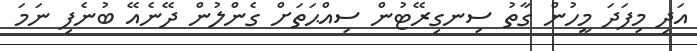
އަދި މިފަދަ މީހުން ގާތު ސިނގިރޭޓުން ސިއްޙަތަށް ގެންލުން ދޭނެއޭ ބުނެފި ނަމަ